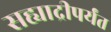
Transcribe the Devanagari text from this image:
सह्याद्रीपर्यंत